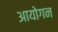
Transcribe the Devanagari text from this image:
आयोगन